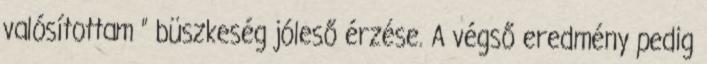
valósítottam ” büszkeség jóleső érzése. A végső eredmény pedig